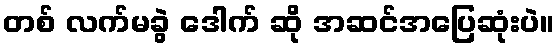
တစ် လက်မခွဲ ဒေါက် ဆို အဆင်အပြေဆုံးပဲ။